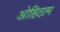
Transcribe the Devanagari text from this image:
ओहिठाम